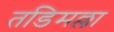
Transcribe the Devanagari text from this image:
तडिमल्ला